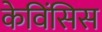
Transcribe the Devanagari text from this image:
केविंसिस